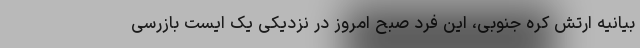
بیانیه ارتش کره جنوبی، این فرد صبح امروز در نزدیکی یک ایست بازرسی